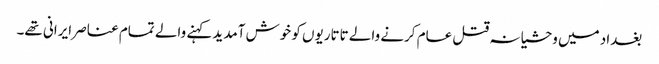
بغداد میں وحشیانہ قتل عام کرنے والے تاتاریوں کو خوش آمدید کہنے والے تمام عناصر ایرانی تھے۔